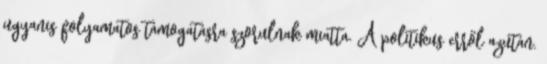
ugyanis folyamatos támogatásra szorulnak miatta. A politikus erről azután.